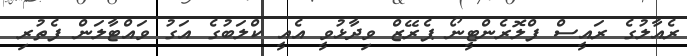
ރެއާލުގެ ރައީސް ފްލޮރެންޓީނޯ ޕެރޭޒް ވިދާޅުވީ އެއީ ކްލަބުގެ އަގު ވައްޓާލަން ފެތުރި